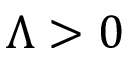
\Lambda > 0